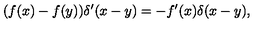
( f ( x ) - f ( y ) ) \delta ^ { \prime } ( x - y ) = - f ^ { \prime } ( x ) \delta ( x - y ) ,